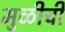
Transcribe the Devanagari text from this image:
मुळीची